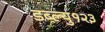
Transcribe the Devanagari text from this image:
डब्ल्यु१२३